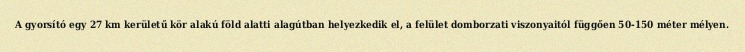
A gyorsító egy 27 km kerületű kör alakú föld alatti alagútban helyezkedik el, a felület domborzati viszonyaitól függően 50-150 méter mélyen.